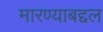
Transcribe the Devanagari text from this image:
मारण्याबद्दल